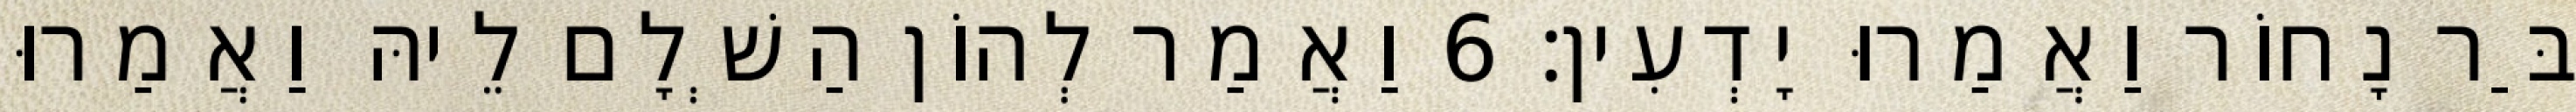
בַּר נָחוֹר וַאֲמַרוּ יָדְעִין׃ 6 וַאֲמַר לְהוֹן הַשְׁלָם לֵיהּ וַאֲמַרוּ